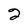
Character: 2